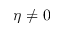
\eta \ne 0